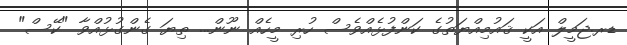
ޑރ.ޖަމީލް އަކީ ޤައުމިއްޔަތުގެ ކަންފުޅެއްވެސް ހުރި މީހެއް ނޫން... ތިޔަ ގެންގުޅުއްވާ "ކޭސް"